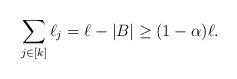
LaTeX: \begin{align*}\sum_{j\in [k]}\ell_{j}=\ell-|B|\ge (1-\alpha)\ell.\end{align*}